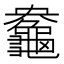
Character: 𪚻